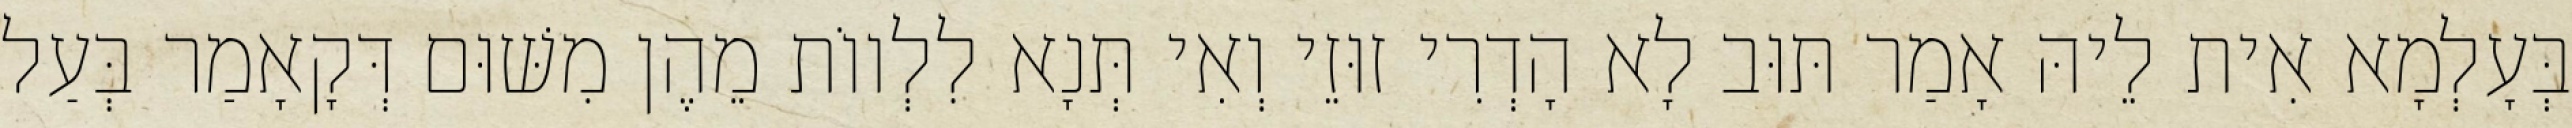
בְּעָלְמָא אִית לֵיהּ אָמַר תּוּב לָא הָדְרִי זוּזֵי וְאִי תְּנָא לִלְווֹת מֵהֶן מִשּׁוּם דְּקָאָמַר בְּעַל